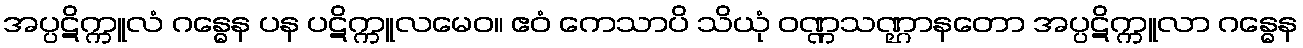
အပ္ပဋိက္ကူလံ ဂန္ဓေန ပန ပဋိက္ကူလမေဝ။ ဧဝံ ကေသာပိ သိယုံ ဝဏ္ဏသဏ္ဌာနတော အပ္ပဋိက္ကူလာ ဂန္ဓေန